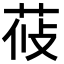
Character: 𦰞